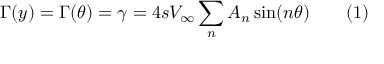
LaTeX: \Gamma ( y ) = \Gamma ( \theta ) = \gamma = 4 s V _ { \infty } \sum _ { n } { A _ { n } \sin ( n \theta } ) \qquad ( 1 )